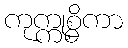
ကုက္ကုစ္စိကာ